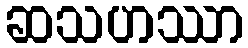
ဆသဟဿာ